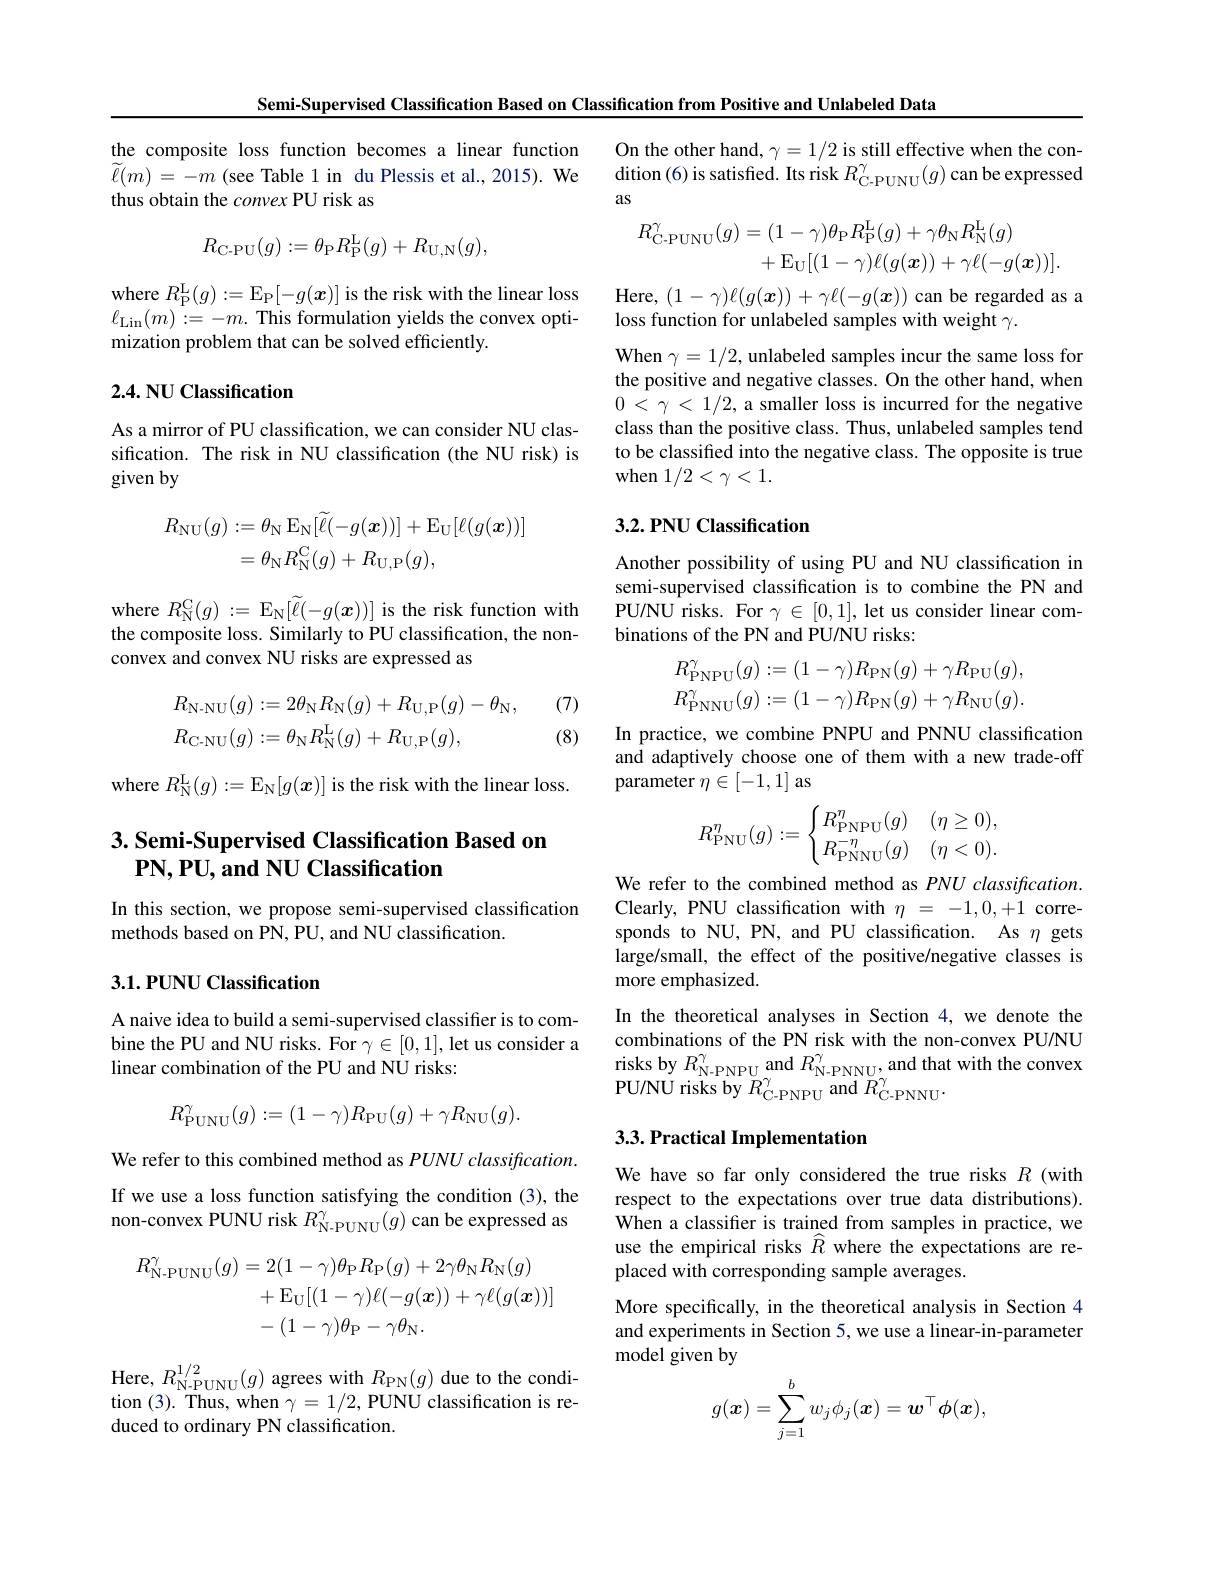
Semi-Supervised Classification Based on Classification from Positive and Unlabeled Data

thus obtain the convex PU risk as
$$R_{\mathrm{C-PU}}(g):=\theta_{\mathrm{P}}R_{\mathrm{P}}^{\mathrm{L}}(g)+R_{\mathrm{U,N}}(g),$$
where $R_{\mathrm{P}}^{\mathrm{L}}(g):=\mathbb{E}_{\mathrm{P}}[-g(\boldsymbol{x})]$ is the risk with the linear loss $\ell_{\mathrm{Lin}}(m):=-m.$ This formulation yields the convex optimization problem that can be solved efficiently.

## 2.4. NU Classification

As a mirror of PU classification, we can consider NU classification. The risk in NU classification (the NU risk) is given by
$$\begin{aligned}R_{\mathrm{NU}}(g)&:=\theta_{\mathrm{N}}\operatorname{E}_{\mathrm{N}}[\widetilde{\ell}(-g(\boldsymbol{x}))]+\operatorname{E}_{\mathrm{U}}[\ell(g(\boldsymbol{x}))]\\&=\theta_{\mathrm{N}}R_{\mathrm{N}}^{\mathrm{C}}(g)+R_{\mathrm{U,P}}(g),\end{aligned}$$
where $R_{\mathrm{N}}^{\mathrm{C}}(g):=$ E$_{\mathrm{N}}[\widetilde\ell(-g(\boldsymbol x))]$ is the risk function with the composite loss. Similarly to PU classification, the nonconvex and convex NU risks are expressed as

(7)
$$\begin{aligned}&R_{\mathrm{N-NU}}(g):=2\theta_{\mathrm{N}}R_{\mathrm{N}}(g)+R_{\mathrm{U,P}}(g)-\theta_{\mathrm{N}},\\&R_{\mathrm{C-NU}}(g):=\theta_{\mathrm{N}}R_{\mathrm{N}}^{\mathrm{L}}(g)+R_{\mathrm{U,P}}(g),\end{aligned}$$
(8)

where $R_{\mathrm{N}}^{\mathrm{L}}(g):=\mathbb{E}_{\mathrm{N}}[g(\boldsymbol{x})]$ is the risk with the linear loss.

## $3. \textbf{ Semi- Supervised Classification Based on}$ $\mathbf{PN,PU,and~NU~Classification}$

In this section, we propose semi-supervised classification
methods based on PN, PU, and NU classification.

## 3.1. PUNU Classification

A naive idea to build a semi-supervised classifier is to combine the PU and NU risks. For $\gamma\in[0,1]$, let us consider a linear combination of the PU and NU risks:
$$R_{\mathrm{PUNU}}^{\gamma}(g):=(1-\gamma)R_{\mathrm{PU}}(g)+\gamma R_{\mathrm{NU}}(g).$$
We refer to this combined method as $PUNU\textit{classification. }$ If we use a loss function satisfying the condition (3), the non-convex PUNU risk $R_\mathrm{N-PUNU}^\gamma(g)$ can be expressed as
$$\begin{aligned}R_{\mathrm{N-PUNU}}^{\gamma}(g)&=2(1-\gamma)\theta_{\mathrm{P}}R_{\mathrm{P}}(g)+2\gamma\theta_{\mathrm{N}}R_{\mathrm{N}}(g)\\&+\mathrm{E}_{\mathrm{U}}[(1-\gamma)\ell(-g(\boldsymbol{x}))+\gamma\ell(g(\boldsymbol{x}))]\\&-(1-\gamma)\theta_{\mathrm{P}}-\gamma\theta_{\mathrm{N}}.\end{aligned}$$
Here, $R_{\mathrm{N- PUNU}}^{1/ 2}( g)$ agrees with $R_{\mathrm{PN}}( g)$ due to the condi- tion (3). Thus, when $\gamma = 1/ 2$, PUNU classification is re-
duced to ordinary PN classification.

the composite loss function becomes a linear function On the other hand, $\gamma=1/2$ is still effective when the con- $\widetilde{\ell}(m)=-m$ (see Table 1 in du Plessis et al., 2015). We dition(6)is satisfied. Its risk $R_\mathrm{C-PUNU}^\gamma(g)$ can be expressed
as
$$\begin{aligned}R_{\mathrm{C-PUNU}}^{\gamma}(g)&=(1-\gamma)\theta_{\mathrm{P}}R_{\mathrm{P}}^{\mathrm{L}}(g)+\gamma\theta_{\mathrm{N}}R_{\mathrm{N}}^{\mathrm{L}}(g)\\&+\mathrm{E}_{\mathrm{U}}[(1-\gamma)\ell(g(\boldsymbol{x}))+\gamma\ell(-g(\boldsymbol{x}))].\end{aligned}$$
Here, $(1-\gamma)\ell(g(\boldsymbol{x}))+\gamma\ell(-g(\boldsymbol{x}))$ can be regarded as a
loss function for unlabeled samples with weight $\gamma.$

When $\gamma=1/2$, unlabeled samples incur the same loss for the positive and negative classes. On the other hand, when $0<\gamma<1/2$, a smaller loss is incurred for the negative class than the positive class. Thus, unlabeled samples tend to be classified into the negative class. The opposite is true when $1/2<\gamma<1.$

## 3.2. PNU Classification

Another possibility of using PU and NU classification in semi-supervised classification is to combine the PN and PU/NU risks. For $\gamma\in[0,1]$, let us consider linear combinations of the PN and PU/NU risks:
$$R_{\mathrm{PNPU}}^{\gamma}(g):=(1-\gamma)R_{\mathrm{PN}}(g)+\gamma R_{\mathrm{PU}}(g),\\R_{\mathrm{PNNU}}^{\gamma}(g):=(1-\gamma)R_{\mathrm{PN}}(g)+\gamma R_{\mathrm{NU}}(g).$$
In practice, we combine PNPU and PNNU classification and adaptively choose one of them with a new trade-off parameter $\eta\in[-1,1]$ as
$$R_{\text{PNU}}^\eta(g):=\begin{cases}R_{\text{PNPU}}^\eta(g)&(\eta\ge0),\\R_{\text{PNNU}}^{-\eta}(g)&(\eta<0).\end{cases}$$
We refer to the combined method as $PNU\textit{classification}$ Clearly, PNU classification with $\eta=-1,0,+1$ corresponds to NU, PN, and PU classification. As $\eta$ gets large/small, the effect of the positive/negative classes is more emphasized.
In the theoretical analyses in Section 4, we denote the combinations of the PN risk with the non-convex PU/NU risks by $R_{\mathrm{N-PNPU}}^{\gamma}$ and $R_{\mathrm{N-PNNU}}^{\gamma}$, and that with the convex PU/NU risks by $R_{\mathrm{C-PNPU}}^{\gamma}$ and $R_{\mathrm{C-PNNU}}^{\gamma}.$

## 3.3. Practical Implementation

We have so far only considered the true risks $R$ (with respect to the expectations over true data distributions). When a classifer is trained from samples in practice, we use the empirical risks $\widehat{R}$ where the expectations areplaced with corresponding sample averages.

More specifically, in the theoretical analysis in Section 4 and experiments in Section 5, we use a linear-in-parameter model given by
$$g(\boldsymbol{x})=\sum_{j=1}^bw_j\phi_j(\boldsymbol{x})=\boldsymbol{w}^\top\phi(\boldsymbol{x}),$$